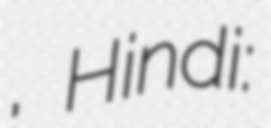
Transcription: বীন, Hindi: